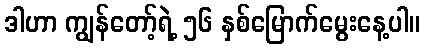
ဒါဟာ ကျွန်တော့်ရဲ့ ၅၆ နှစ်မြောက်မွေးနေ့ပါ။